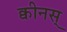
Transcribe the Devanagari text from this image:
क्वीनस्